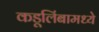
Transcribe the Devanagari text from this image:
कडूलिंबामध्ये